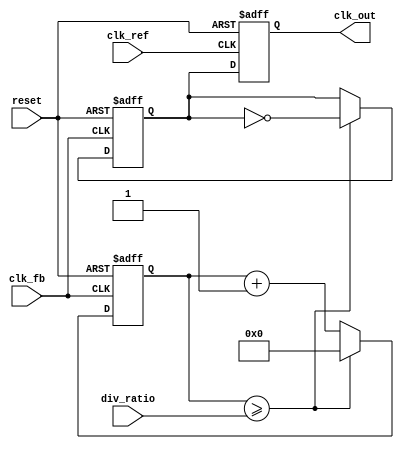
module cp_pll (
    input wire clk_ref,            // Reference clock input
    input wire clk_fb,             // Feedback clock input
    input wire reset,              // Asynchronous reset
    input wire [3:0] div_ratio,    // Division ratio for feedback divider
    output reg clk_out             // Output clock
);

// PFD Signals
reg up, down;
reg last_clk_ref, last_clk_fb;

// Charge Pump Signals
reg [7:0] charge_pump_current; // Charge pump current control
reg charge_pump_output;

// Loop Filter Signals
reg [15:0] loop_filter_output;

// VCO Signals
reg [15:0] vco_frequency;

// Feedback Divider Signals
reg [3:0] feedback_count;
reg feedback_clk;

// PFD Logic
always @(posedge clk_ref or posedge reset) begin
    if (reset) begin
        up <= 0;
        down <= 0;
        last_clk_ref <= 0;
        last_clk_fb <= 0;
    end else begin
        last_clk_ref <= clk_ref;
        last_clk_fb <= clk_fb;

        // Phase comparison
        if (last_clk_ref && !clk_ref && !last_clk_fb && clk_fb) begin
            up <= 1;   // Reference clock leads
            down <= 0;
        end else if (!last_clk_ref && clk_ref && last_clk_fb && !clk_fb) begin
            up <= 0;
            down <= 1; // Feedback clock leads
        end else begin
            up <= 0;
            down <= 0; // No change
        end
    end
end

// Charge Pump Logic
always @(posedge clk_ref or posedge reset) begin
    if (reset) begin
        charge_pump_current <= 0;
    end else begin
        if (up) begin
            charge_pump_current <= charge_pump_current + 1; // Increase current
        end else if (down) begin
            charge_pump_current <= charge_pump_current - 1; // Decrease current
        end
    end
end

// Loop Filter Logic (Simple Integrator)
always @(posedge clk_ref or posedge reset) begin
    if (reset) begin
        loop_filter_output <= 0;
    end else begin
        loop_filter_output <= loop_filter_output + charge_pump_current; // Integrate charge pump output
    end
end

// VCO Logic (Simple model)
always @(posedge clk_ref or posedge reset) begin
    if (reset) begin
        vco_frequency <= 16'h0000; // Initial frequency
    end else begin
        // Control VCO frequency based on loop filter output
        vco_frequency <= loop_filter_output; // Simple assignment for demonstration
    end
end

// Feedback Divider Logic
always @(posedge clk_fb or posedge reset) begin
    if (reset) begin
        feedback_count <= 0;
        feedback_clk <= 0;
    end else begin
        if (feedback_count >= div_ratio) begin
            feedback_count <= 0;
            feedback_clk <= ~feedback_clk; // Toggle feedback clock
        end else begin
            feedback_count <= feedback_count + 1;
        end
    end
end

// Output Clock Generation
always @(posedge clk_ref or posedge reset) begin
    if (reset) begin
        clk_out <= 0;
    end else begin
        clk_out <= feedback_clk; // Output the feedback clock
    end
end

endmodule